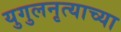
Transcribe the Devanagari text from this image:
युगुलनृत्याच्या